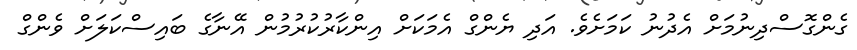
ގެންގޮސްދިނުމަށް އެދުނު ކަމަށެވެ. އަދި ޔެންގް އެމަކަށް އިންކާރުކުރުމުން އޭނާގެ ބައިސްކަލަށް ވެންގް